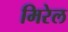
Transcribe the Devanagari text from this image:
मिरेल